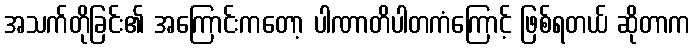
အသက်တိုခြင်း၏ အကြောင်းကတော့ ပါဏာတိပါတကံကြောင့် ဖြစ်ရတယ် ဆိုတာက